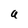
Character: a